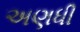
અણધી